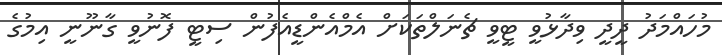
މުހައްމަދު ދީދީ ވިދާޅުވީ ޓީވީ ޗެނަލްތަކަށް އެމްއެންޑީއެފުން ސިޓީ ފޮނުވީ ގާނޫނީ އިމުގެ